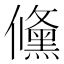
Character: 儵